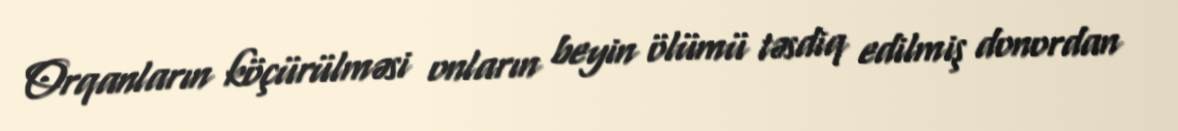
Orqanların köçürülməsi onların beyin ölümü təsdiq edilmiş donordan